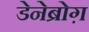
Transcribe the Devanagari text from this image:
डेनेब्रोग़